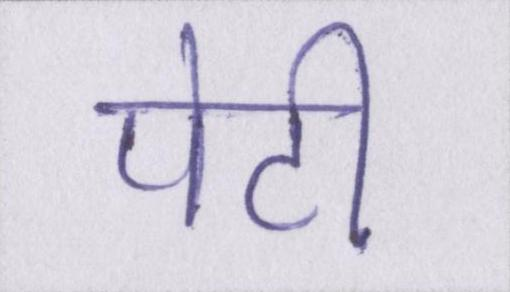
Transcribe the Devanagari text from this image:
पेटी